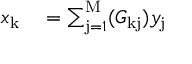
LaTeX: \begin{array} { r l } { x _ { \mathrm { k } } } & { { } = \sum _ { \mathrm { j } = 1 } ^ { \mathrm { M } } ( G _ { \mathrm { k j } } ) y _ { \mathrm { j } } } \end{array}